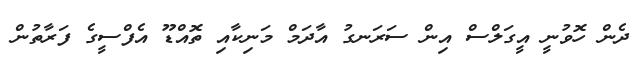
ދެން ހޮވުނީ އީގަލްސް އިން ސަރަނގު އާދަމް މަނިކާއި ތޮއްޑޫ އެފްސީގެ ފަރާތުން